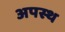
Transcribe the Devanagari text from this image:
अपस्थ